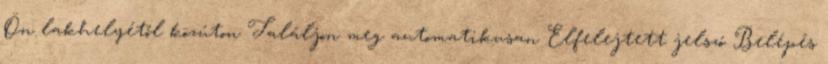
Ön lakhelyétől közúton Találjon meg automatikusan Elfelejtett jelszó Belépés